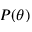
P ( \theta )